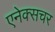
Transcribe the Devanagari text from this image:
एनेक्सचर